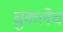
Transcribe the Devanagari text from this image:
चुकलेच